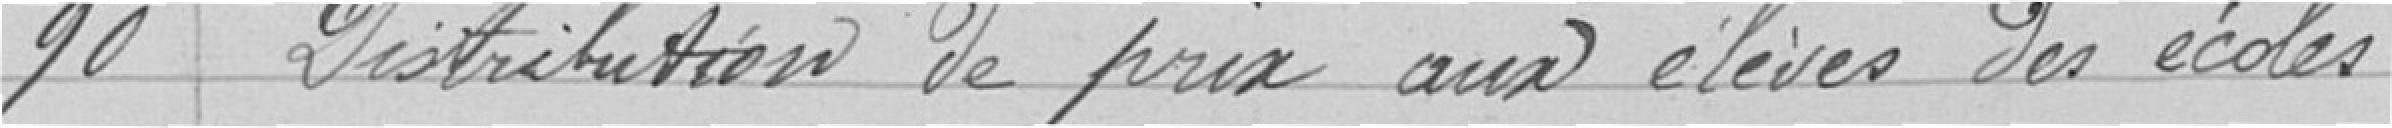
90 Distribution de prix aux élèves des écoles